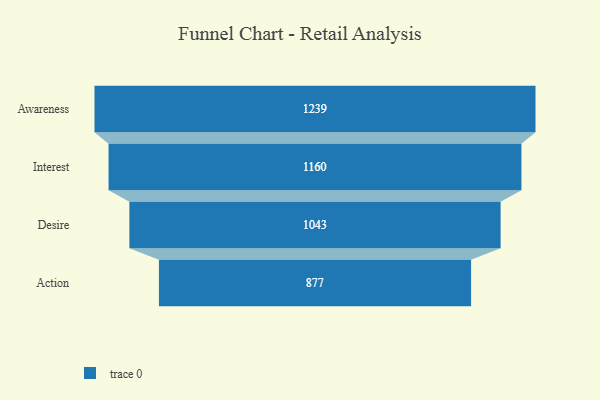
{"axis": {"x": "Stage", "y": "Value"}, "legend": [""], "data": [{"x": "Awareness", "y": 1239.0, "type": ""}, {"x": "Interest", "y": 1160.0, "type": ""}, {"x": "Desire", "y": 1043.0, "type": ""}, {"x": "Action", "y": 877.0, "type": ""}]}